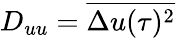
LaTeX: D_{uu}=\overline{{\Delta u(\tau)^{2}}}